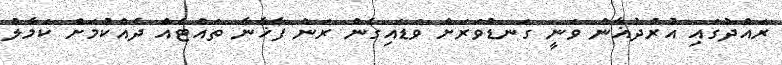
ރައްދުގައި އުރުދުޣާން ވަނީ ގަނޑުވަރަށް ވަޑައިގެން ރަން ފާޚާނާ ތައްޓެއް ދެއްކުމަށް ކަމާލް